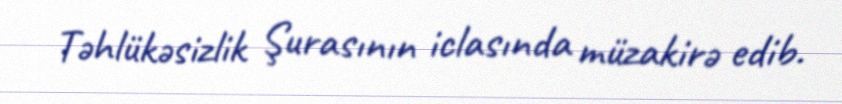
Təhlükəsizlik Şurasının iclasında müzakirə edib.